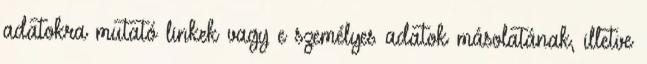
adatokra mutató linkek vagy e személyes adatok másolatának, illetve